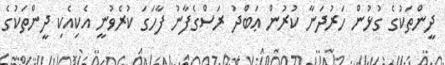
ދީންތަކުގެ ގުޅުން ހަރުދަނާ ކުރުން ޢަބްދު ރަސްގެފާނު ފާހަގަ ކުރެވުނީ އެކިއެކި ދީންތަކުގެ